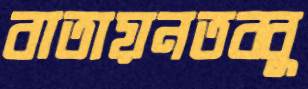
বাতায়নতব্বু